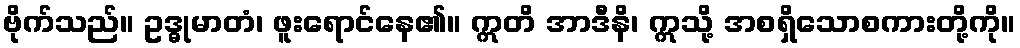
ဗိုက်သည်။ ဥဒ္ဓုမာတံ၊ ဖူးရောင်နေ၏။ ဣတိ အာဒီနိ၊ ဣသို့ အစရှိသောစကားတို့ကို။